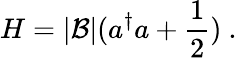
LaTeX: H=|{\cal B}|(a^{\dagger}a+\frac{1}{2})~.